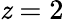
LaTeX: \mathit{z}=2